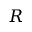
R